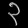
Digit: ၃